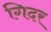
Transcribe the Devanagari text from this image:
गिदर